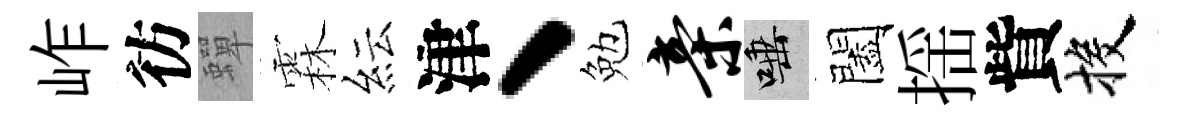
岞彷蟬霖紜津、勉亲唾闔揺貲投